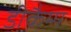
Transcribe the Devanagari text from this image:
डीकैम्प